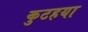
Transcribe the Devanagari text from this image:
कुटहया